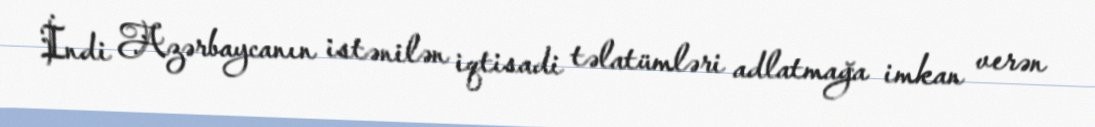
İndi Azərbaycanın istənilən iqtisadi təlatümləri adlatmağa imkan verən